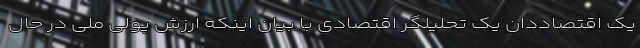
یک اقتصاددان یک تحلیلگر اقتصادی با بیان اینکه ارزش پولی ملی در حال